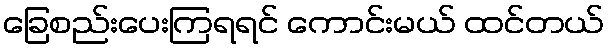
ခြေစည်းပေးကြရရင် ကောင်းမယ် ထင်တယ်